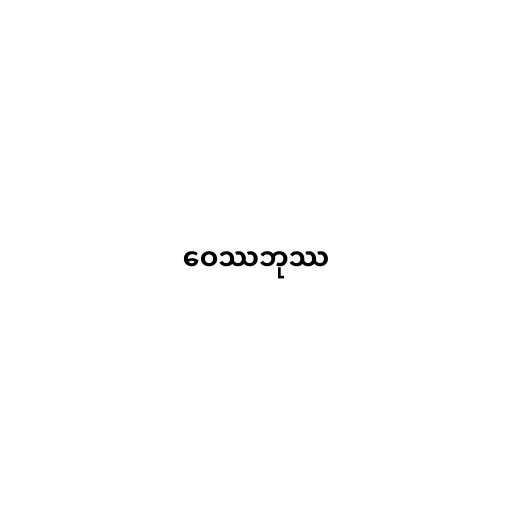
ဝေဿဘုဿ